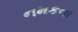
નમકના